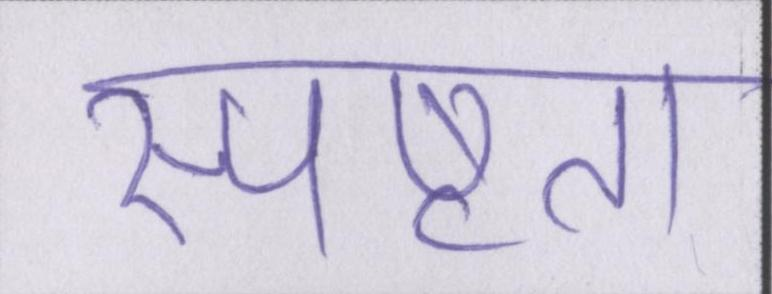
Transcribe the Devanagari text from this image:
स्पष्टता